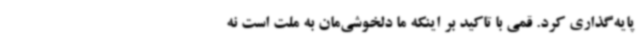
پایه‌گذاری کرد. قمی با تاکید بر اینکه ما دلخوشی‌مان به ملت است نه